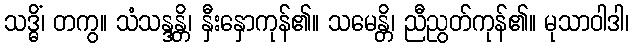
သဒ္ဓိံ၊ တကွ။ သံသန္ဒန္တိ၊ နှီးနှောကုန်၏။ သမေန္တိ၊ ညီညွတ်ကုန်၏။ မုသာဝါဒါ၊